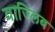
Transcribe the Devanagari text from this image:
वाज्लिब